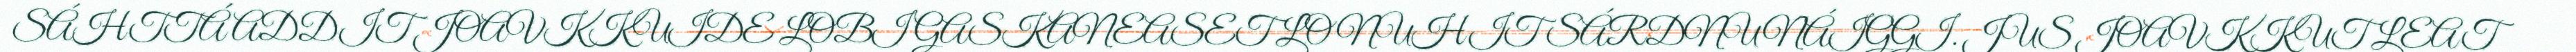
SÁHTTÁ ADDIT JOAVKKUIDE LOBI GASKANEASET LONUHIT SÁRDNUNÁIGGI. JUS JOAVKKUT LEAT